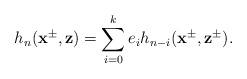
LaTeX: \begin{align*}h_n(\mathbf{x}^{\pm},\mathbf{z})=\sum^k_{i=0}e_ih_{n-i}(\mathbf{x}^{\pm},\mathbf{z}^{\pm}).\end{align*}